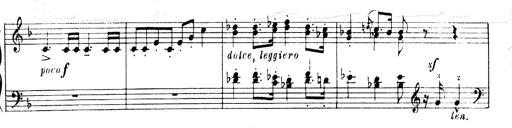
Title: Andante Finale und Marsch aus der Oper KÃ¶nig Alfred
Composer: Franz Liszt